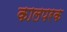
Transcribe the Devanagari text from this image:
कालपरक